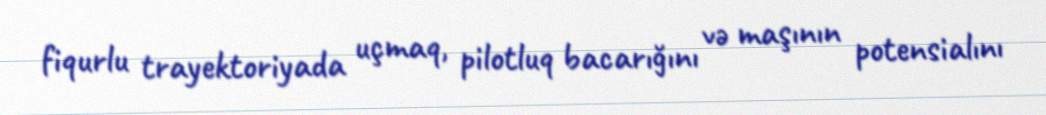
fiqurlu trayektoriyada uçmaq, pilotluq bacarığını və maşının potensialını